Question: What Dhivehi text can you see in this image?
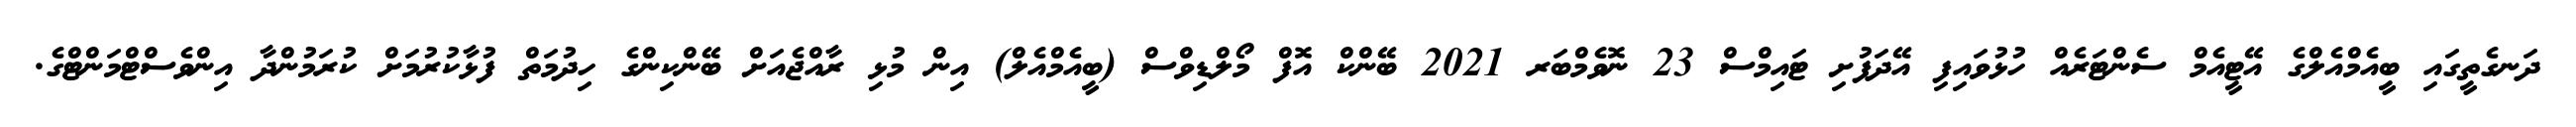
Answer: ދަނގެތީގައި ބީއެމްއެލްގެ އޭޓީއެމް ސެންޓަރެއް ހުޅުވައިފި އޭދަފުށި ޓައިމްސް 23 ނޮވެމްބަރ 2021 ބޭންކް އޮފް މޯލްޑިވްސް (ބީއެމްއެލް) އިން މުޅި ރާއްޖެއަށް ބޭންކިންގެ ހިދުމަތް ފުޅާކުރުމަށް ކުރަމުންދާ އިންވެސްޓްމަންޓްގެ.